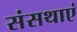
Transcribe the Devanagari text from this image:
संसथाएं